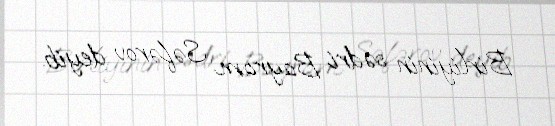
Birliyinin sədri Bayram Səfərov deyib.